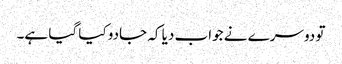
تو دوسرے نے جواب دیا کہ جادو کیا گیا ہے۔